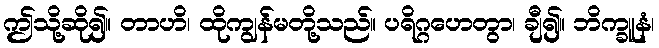
ဤသို့ဆို၍။ တာဟိ၊ ထိုကျွန်မတို့သည်။ ပရိဂ္ဂဟေတွာ၊ ချီ၍။ ဘိက္ခူနံ၊